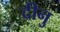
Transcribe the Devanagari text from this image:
दीनु